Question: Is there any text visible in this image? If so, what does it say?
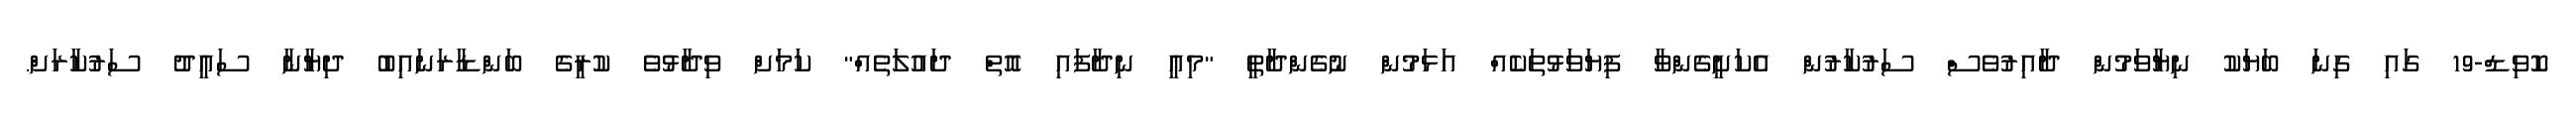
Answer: ކޮވިޑް-19 ގައި ގިނަ ބަޔަކު ނިޔާވަމުން ދާއިރުވެސް ސަރުކާރުން އެކަށީގެންވާ ފިޔަވަޅުތަކެއް އަޅަމުން ނުގެންދާތީ "މިއީ ނިދާފައި އޮތް ދައުލަތެއް" ކަމަށް ވިދާޅުވެ ކުރީގެ ބަންޑާރަނައިބު ދިޔާނާ ސައީދު ސަރުކާރަށް.